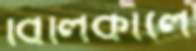
বিলিকালে